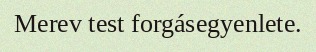
Merev test forgásegyenlete.